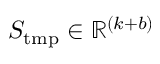
S _ { \mathrm { t m p } } \in \mathbb { R } ^ { ( k + b ) }